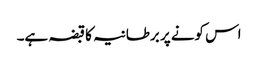
اس کونے پر برطانیہ کا قبضہ ہے۔